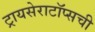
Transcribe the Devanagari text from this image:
ट्रायसेराटॉप्सची